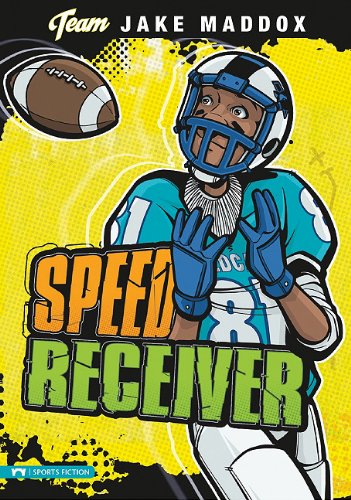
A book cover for Speed Receiver (Team Jake Maddox Sports Stories); Jake Maddox; Children's Books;